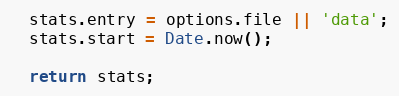
Language: JavaScript
  stats.entry = options.file || 'data';
  stats.start = Date.now();

  return stats;